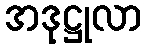
အဒုဋ္ဌုလာ